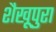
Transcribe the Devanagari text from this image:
शैखूपुरा